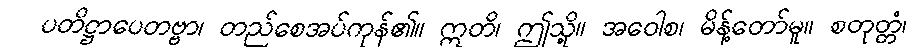
ပတိဋ္ဌာပေတဗ္ဗာ၊ တည်စေအပ်ကုန်၏။ ဣတိ၊ ဤသို့။ အဝေါစ၊ မိန့်တော်မူ။ စတုတ္တံ၊